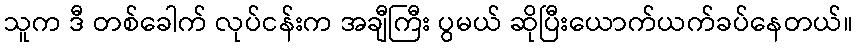
သူက ဒီ တစ်ခေါက် လုပ်ငန်းက အချီကြီး ပွမယ် ဆိုပြီးယောက်ယက်ခပ်နေတယ်။